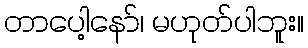
တာပေါ့နော်၊ မဟုတ်ပါဘူး။